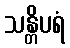
သန္တိပရံ